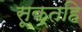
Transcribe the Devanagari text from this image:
सूक्तहि